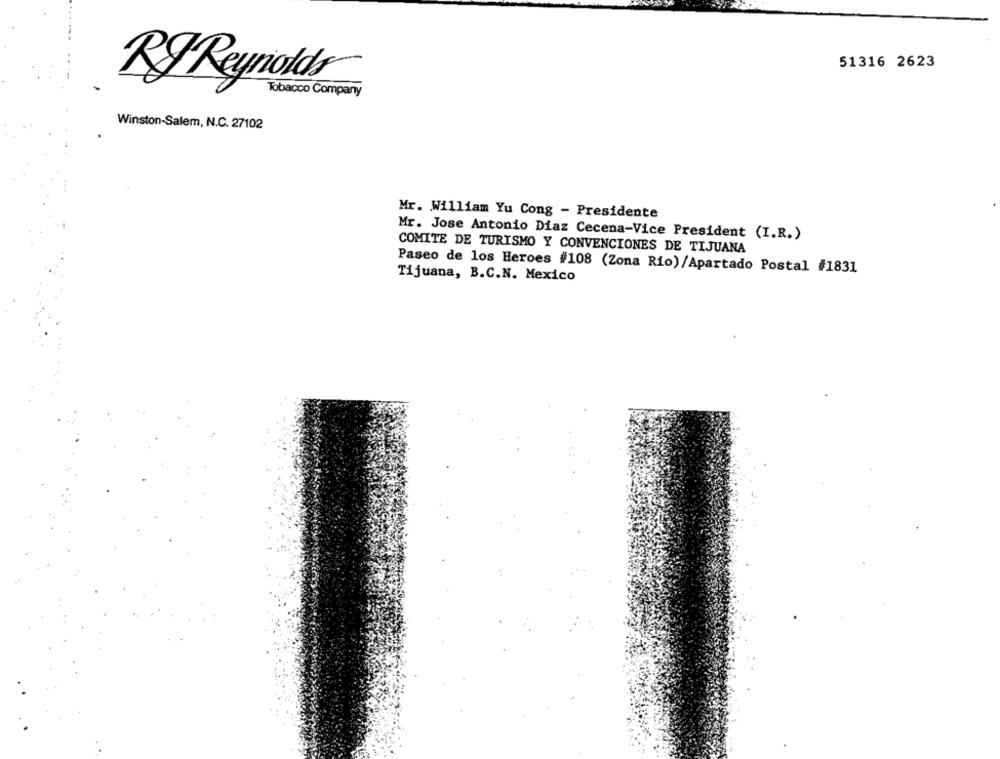
51316 2623
RF Reynolds
Tobacco Company
Winston-Salem, N.C. 27102
Mr. William Yu Cong - Presidente
Mr. Jose Antonio Diaz Cecena-Vice President (I.R.)
COMITE DE TURISMO Y CONVENCIONES DE TIJUANA
Paseo de los Heroes #108 (Zona Rio)/Apartado Postal #1831
Tijuana, B.C.N. Mexico